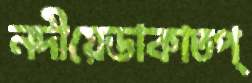
নদীয়েডাকাতপ্